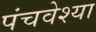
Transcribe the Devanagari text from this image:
पंचवेश्या